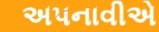
અપનાવીએ